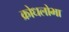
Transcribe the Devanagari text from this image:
क्रोधलोभा